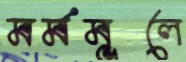
মর্মমূলে